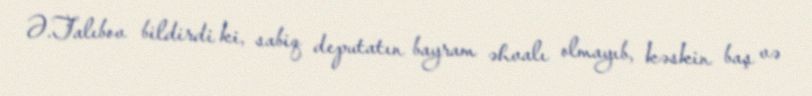
Ə.Talıbov bildirdi ki, sabiq deputatın bayram əhvalı olmayıb, kəskin baş və